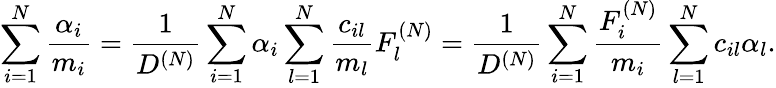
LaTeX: \sum_{i=1}^{N}\frac{\alpha_{i}}{m_{i}}=\frac{1}{D^{(N)}}\sum_{i=1}^{N}\alpha_{i}\sum_{l=1}^{N}\frac{c_{il}}{m_{l}}F_{l}^{(N)}=\frac{1}{D^{(N)}}\sum_{i=1}^{N}\frac{F_{i}^{(N)}}{m_{i}}\sum_{l=1}^{N}c_{il}\alpha_{l}.